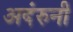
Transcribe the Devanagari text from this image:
अदंरुनी